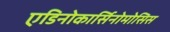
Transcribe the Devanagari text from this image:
एडिनोकार्सिनोमोसिस